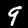
Label: 9